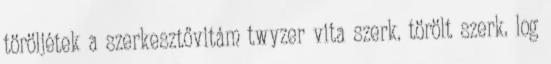
töröljétek a szerkesztővitám twyzer vita szerk. törölt szerk. log